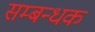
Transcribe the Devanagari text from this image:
सम्बन्धक